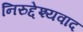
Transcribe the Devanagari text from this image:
निरुद्देश्यवाद